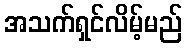
အသက်ရှင်လိမ့်မည်